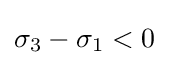
\sigma _{3}-\sigma _{1}<0